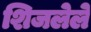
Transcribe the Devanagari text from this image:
शिजलेले